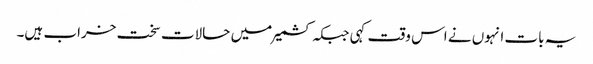
یہ بات انہوں نے اس وقت کہی جبکہ کشمیر میں حالات سخت خراب ہیں۔